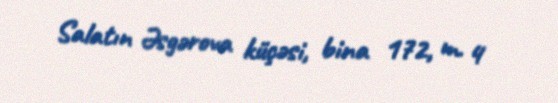
Salatın Əsgərova küçəsi, bina 172, m. 4